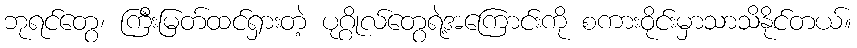
ဘုရင်တွေ၊ ကြီးမြတ်ထင်ရှားတဲ့ ပုဂ္ဂိုလ်တွေရဲ့အကြောင်းကို စကားဝိုင်းမှာသာသိနိုင်တယ်။